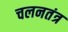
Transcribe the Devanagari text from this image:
चलनतंत्र